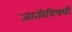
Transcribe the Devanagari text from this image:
जातीविषयीं